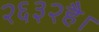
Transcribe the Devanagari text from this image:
२६३२है।